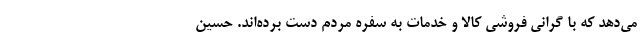
می‌دهد که با گرانی فروشی کالا و خدمات به سفره مردم دست برده‌اند. حسین